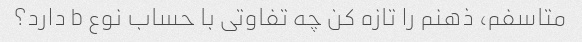
متاسفم، ذهنم را تازه کن چه تفاوتی با حساب نوع b دارد؟